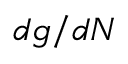
d g / d N